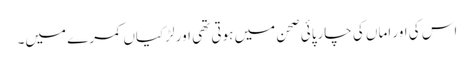
اس کی اور اماں کی چارپائی صحن میں ہوتی تھی اور لڑکیاں کمرے میں۔